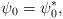
LaTeX: \begin{align*}\psi_0=\psi_0^*,\end{align*}